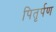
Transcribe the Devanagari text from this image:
पितृर्पण